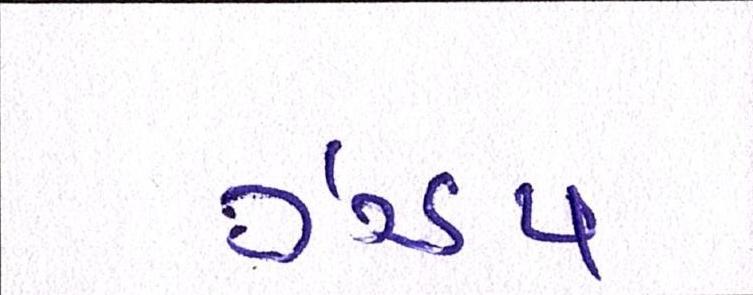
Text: ઝડપ